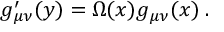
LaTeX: g _ { \mu \nu } ^ { \prime } ( y ) = \Omega ( x ) g _ { \mu \nu } ( x ) \; .